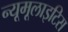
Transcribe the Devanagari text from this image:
न्यूमूलाइटिस